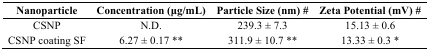
<table><thead><tr><td><b>Nanoparticle</b></td><td><b>Concentration (μg/mL)</b></td><td><b>Particle Size (nm) #</b></td><td><b>Zeta Potential (mV) #</b></td></tr></thead><tbody><tr><td>CSNP</td><td>N.D.</td><td>239.3 ± 7.3</td><td>15.13 ± 0.6</td></tr><tr><td>CSNP coating SF</td><td>6.27 ± 0.17 **</td><td>311.9 ± 10.7 **</td><td>13.33 ± 0.3 *</td></tr></tbody></table>